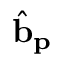
\hat { \mathbf { b } } _ { \mathbf { p } }